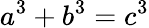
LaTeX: a^{3}+b^{3}=c^{3}